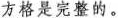
方格是宪整的。